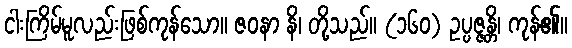
ငါးကြိမ်မူလည်းဖြစ်ကုန်သော။ ဇဝနာ နိ၊ တို့သည်။ (၁၆၀) ဥပ္ပဇ္ဇန္တိ၊ ကုန်၏။